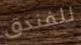
للفندق